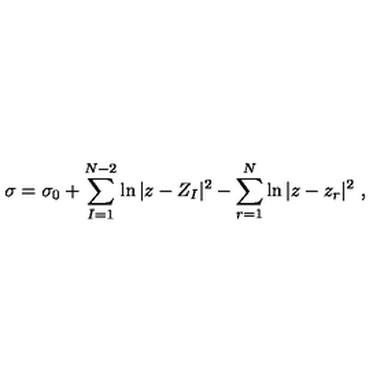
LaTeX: \sigma = \sigma _ { 0 } + \sum _ { I = 1 } ^ { N - 2 } \ln | z - Z _ { I } | ^ { 2 } - \sum _ { r = 1 } ^ { N } \ln | z - z _ { r } | ^ { 2 } \ ,